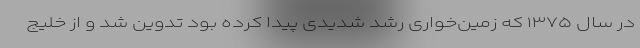
در سال ۱۳۷۵ که زمین‌خواری رشد شدیدی پیدا کرده بود تدوین شد و از خلیج